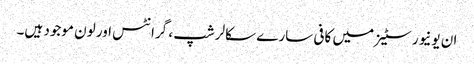
ان یونیورسٹیز میں کافی سارے سکالرشپ ، گرانٹس اور لون موجود ہیں۔